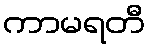
ကာမရတီ